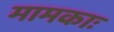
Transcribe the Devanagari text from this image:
मामकाः